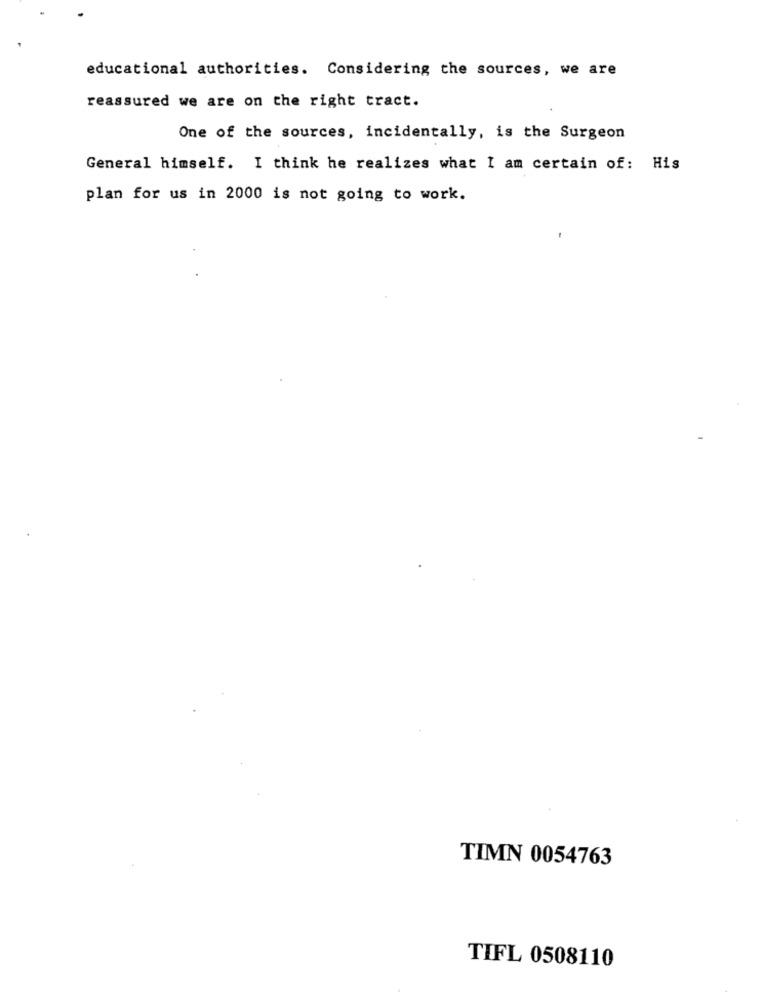
educational authorities. Considering the sources, we are
reassured we are on the right tract.
One of the sources, incidentally, is the Surgeon
General himself. I think he realizes what I am certain of: His
plan for us in 2000 is not going to work.
TIMN 0054763
TIFL 0508110